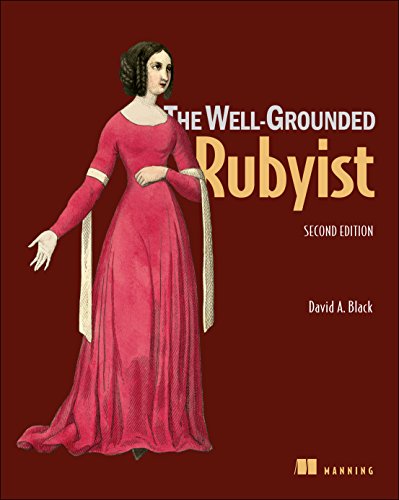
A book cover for The Well-Grounded Rubyist; David A. Black; Computers & Technology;